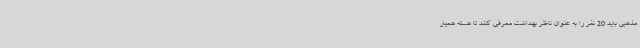
مذهبی باید 20 نفر را به عنوان ناظر بهداشت معرفی کنند تا هسته همیار